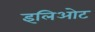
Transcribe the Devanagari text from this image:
इलिओट